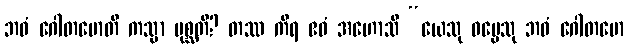
ဘဝံ ဂေါတမောတိ ကသ္မာ ပုစ္ဆတိ? တဿ ကိရ ဧဝံ အဟောသိ “ယေသု ဓမ္မေသု ဘဝံ ဂေါတမော